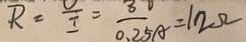
R = \frac { U } { I } = \frac { 3 0 } { 0 . 2 5 A } = 1 2 \Omega